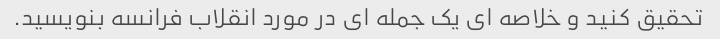
تحقیق کنید و خلاصه ای یک جمله ای در مورد انقلاب فرانسه بنویسید.